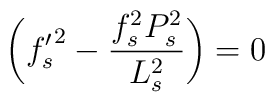
\biggl({f_s'}^2 - \frac{f_s^2 P_s^2}{L_s^2}\biggr) =0